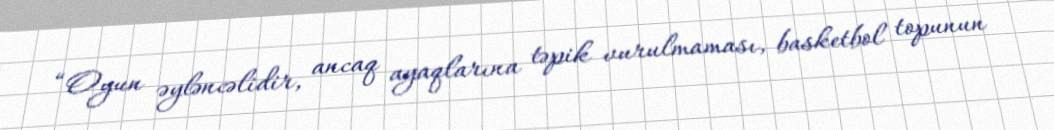
“Oyun əyləncəlidir, ancaq ayaqlarına təpik vurulmaması, basketbol topunun